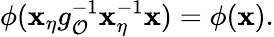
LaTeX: \phi(\mathbf{x}_{\eta}g_{\mathcal{{O}}}^{-1}\mathbf{x}_{\eta}^{-1}\mathbf{x})=\phi(\mathbf{x}).